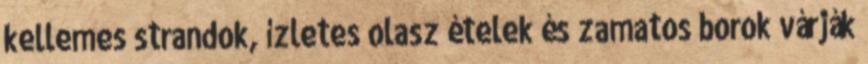
kellemes strandok, ízletes olasz ételek és zamatos borok várják